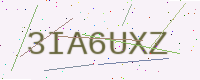
Text: 3IA6UXZ